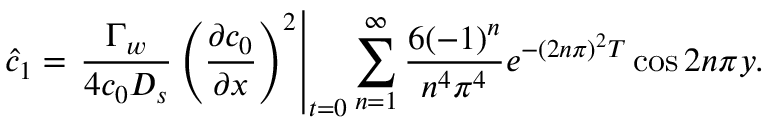
\hat { c } _ { 1 } = \left. \frac { \Gamma _ { w } } { 4 c _ { 0 } D _ { s } } \left( \frac { \partial c _ { 0 } } { \partial x } \right) ^ { 2 } \right| _ { t = 0 } \sum _ { n = 1 } ^ { \infty } \frac { 6 ( - 1 ) ^ { n } } { n ^ { 4 } \pi ^ { 4 } } e ^ { - ( 2 n \pi ) ^ { 2 } T } \cos 2 n \pi y .